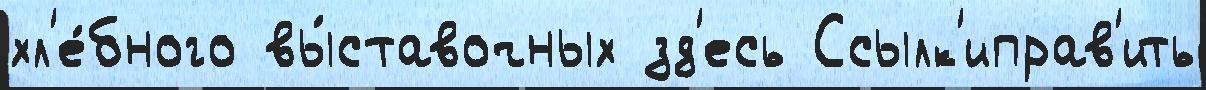
хл'е́бного вы́ставочных зд'есь Ссылк'иправ'ить